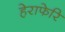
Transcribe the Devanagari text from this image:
हेराफेरि